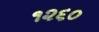
૧૨૬૦